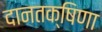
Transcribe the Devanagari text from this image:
दानतक्षिणा